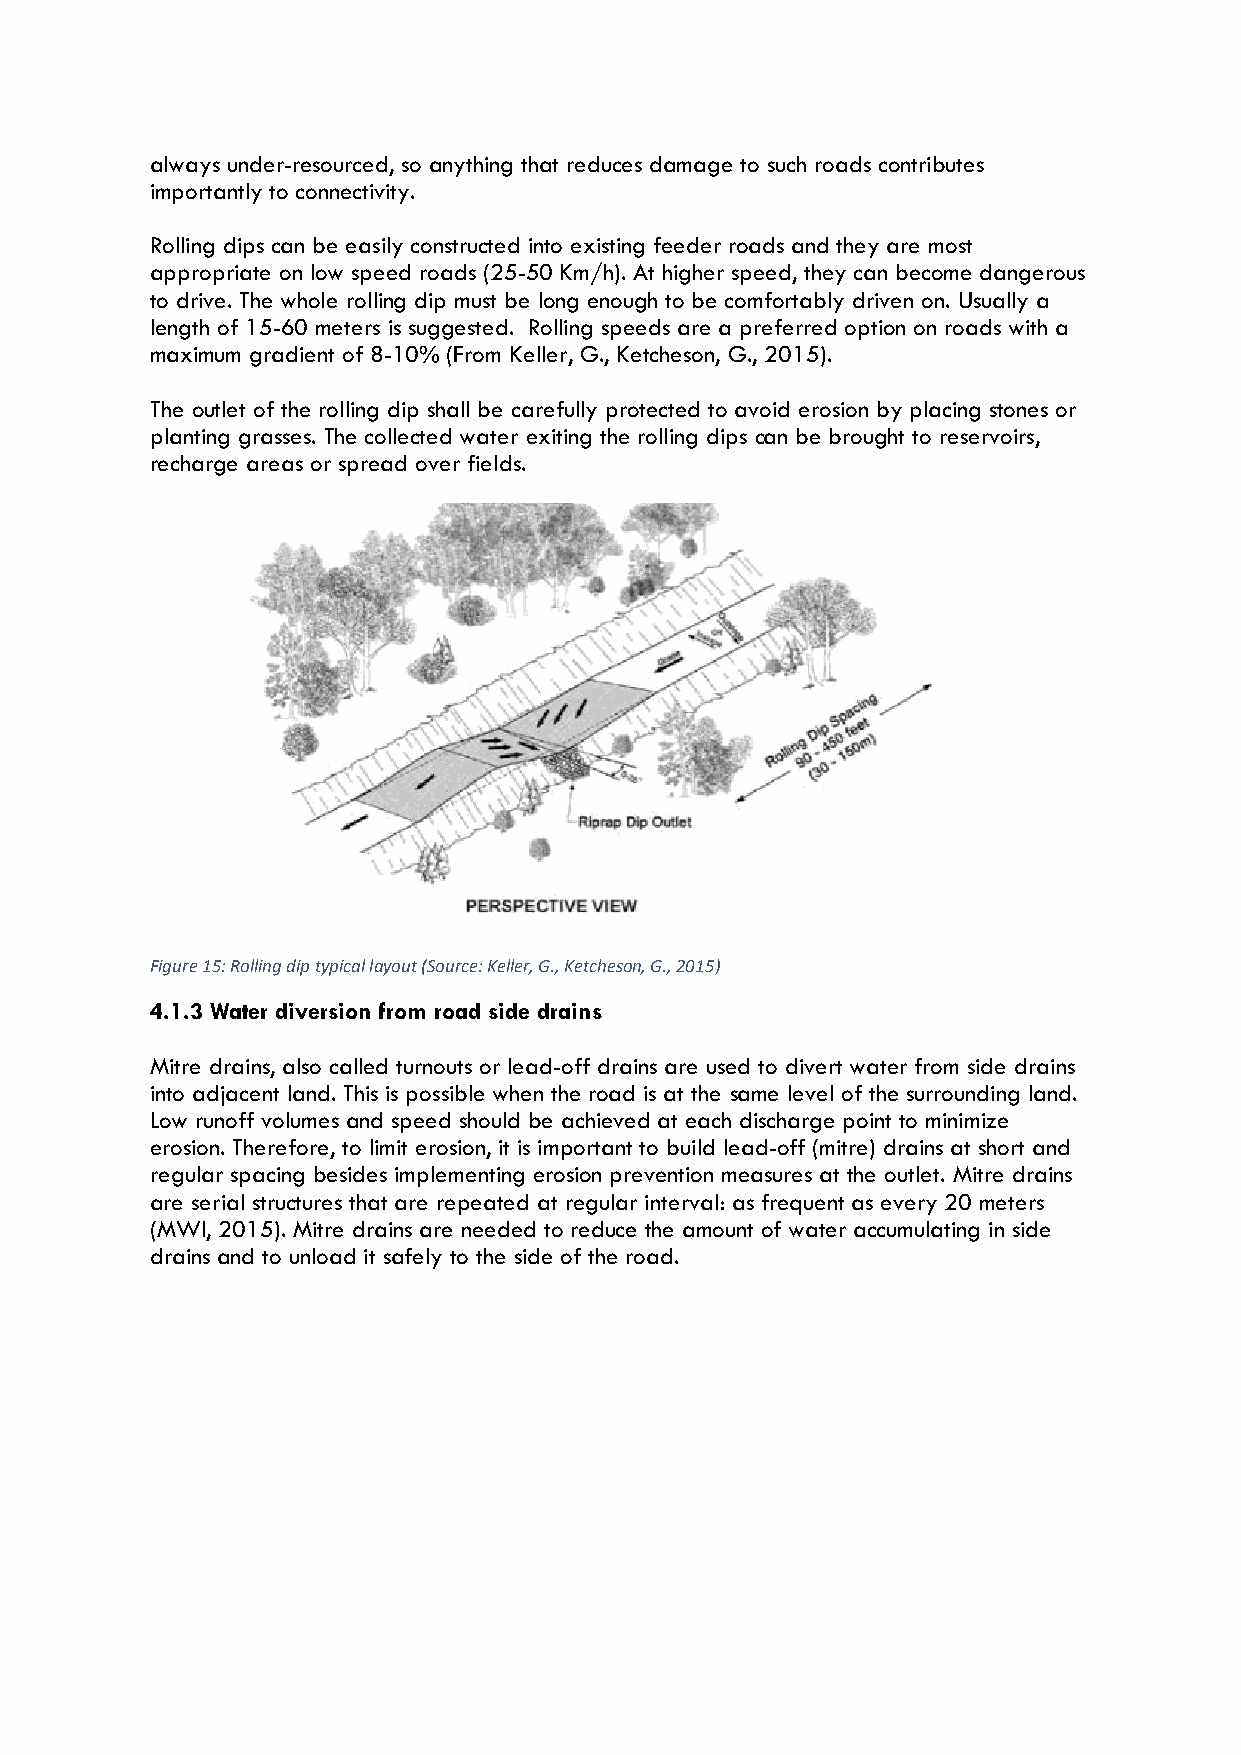
always under-resourced, so anything that reduces damage to such roads contributes
 importantly to connectivity.
 Rolling dips can be easily constructed into existing feeder roads and they are most
 appropriate on low speed roads (25-50 Km/h). At higher speed, they can become dangerous
 to drive. The whole rolling dip must be long enough to be comfortably driven on. Usually a
 length of 15-60 meters is suggested. Rolling speeds are a preferred option on roads with a
 maximum gradient of 8-10% (From Keller, G., Ketcheson, G., 2015).
 The outlet of the rolling dip shall be carefully protected to avoid erosion by placing stones or
 planting grasses. The collected water exiting the rolling dips can be brought to reservoirs,
 recharge areas or spread over fields.
 Figure 15: Rolling dip typical layout (Source: Keller, G., Ketcheson, G., 2015)
 4.1.3 Water diversion from road side drains
 Mitre drains, also called turnouts or lead-off drains are used to divert water from side drains
 into adjacent land. This is possible when the road is at the same level of the surrounding land.
 Low runoff volumes and speed should be achieved at each discharge point to minimize
 erosion. Therefore, to limit erosion, it is important to build lead-off (mitre) drains at short and
 regular spacing besides implementing erosion prevention measures at the outlet. Mitre drains
 are serial structures that are repeated at regular interval: as frequent as every 20 meters
 (MWI, 2015). Mitre drains are needed to reduce the amount of water accumulating in side
 drains and to unload it safely to the side of the road.